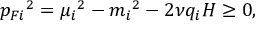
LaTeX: { p _ { F i } } ^ { 2 } = { \mu _ { i } } ^ { 2 } - { m _ { i } } ^ { 2 } - 2 \nu q _ { i } H \ge 0 ,